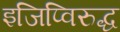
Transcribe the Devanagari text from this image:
इजिप्विरुद्ध